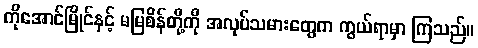
ကိုအောင်မြိုင်နှင့် မမြစိန်တို့ကို အလုပ်သမားတွေက ကွယ်ရာမှာ ကြသည်။